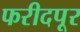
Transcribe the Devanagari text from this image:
फरीदपूर